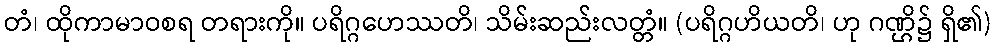
တံ၊ ထိုကာမာဝစရ တရားကို။ ပရိဂ္ဂဟေဿတိ၊ သိမ်းဆည်းလတ္တံ။ (ပရိဂ္ဂဟိယတိ၊ ဟု ဂဏ္ဌိ၌ ရှိ၏)